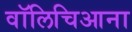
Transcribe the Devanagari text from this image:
वॉलिचिआना